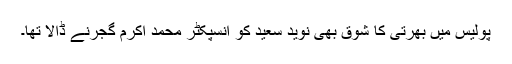
پولیس میں بھرتی کا شوق بھی نوید سعید کو انسپکٹر محمد اکرم گجرنے ڈالا تھا۔